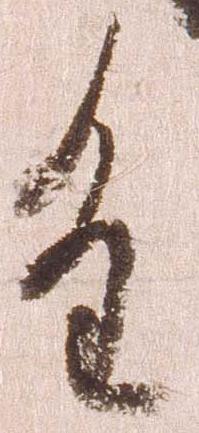
進